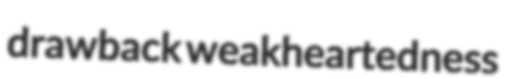
drawback weakheartedness